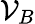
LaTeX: \mathcal{V}_{B}